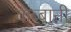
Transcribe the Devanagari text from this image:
कब्बानी